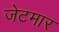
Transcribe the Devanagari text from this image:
जेटमार